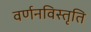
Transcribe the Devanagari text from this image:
वर्णनविस्तृति